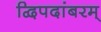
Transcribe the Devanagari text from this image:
द्विपदांबरम्